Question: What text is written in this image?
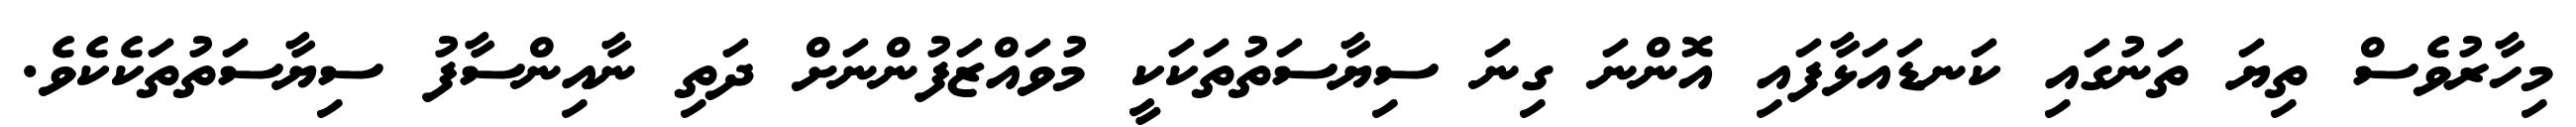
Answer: މިހާރުވެސް ތިޔަ ތަނުގައި ކަނޑައަޅާފައި އޮންނަ ގިނަ ސިޔާސަތުތަކަކީ މުވައްޒަފުންނަށް ދަތި ނާއިންސާފު ސިޔާސަތުތަކެކެވެ.